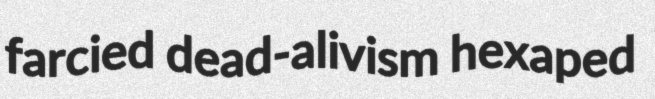
farcied dead-alivism hexaped